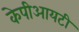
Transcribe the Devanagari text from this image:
केपीआयटी